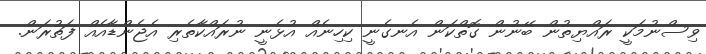
ވިސްނުމަކީ ރައްޔިތުން ބޭނުން ގޮތްކަން އެނގެނީ ކިހިނެއް އުޅެނީ ނުރައްކާތެރި އެޖެންޑާއެއް ފަތުރަން.